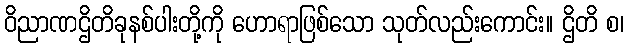
ဝိညာဏဌိတိခုနစ်ပါးတို့ကို ဟောရာဖြစ်သော သုတ်လည်းကောင်း။ ဌိတိ စ၊